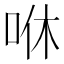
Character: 咻